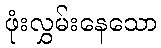
ဖုံးလွှမ်းနေသော